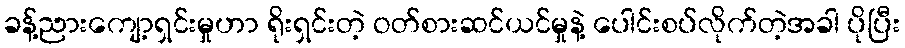
ခန့်ညားကျော့ရှင်းမှုဟာ ရိုးရှင်းတဲ့ ဝတ်စားဆင်ယင်မှုနဲ့ ပေါင်းစပ်လိုက်တဲ့အခါ ပိုပြီး